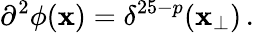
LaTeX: \partial^{2}\phi(\mathbf{x})=\delta^{25-p}(\mathbf{x}_{\bot})\, .